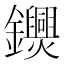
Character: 𨯺